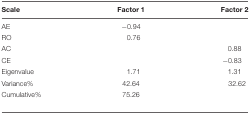
<table><thead><tr><td><b>Scale</b></td><td><b>Factor 1</b></td><td><b>Factor 2</b></td></tr></thead><tbody><tr><td>AE</td><td>-0.94</td><td>[EMPTY_CELL]</td></tr><tr><td>RO</td><td>0.76</td><td>[EMPTY_CELL]</td></tr><tr><td>AC</td><td>[EMPTY_CELL]</td><td>0.88</td></tr><tr><td>CE</td><td>[EMPTY_CELL]</td><td>-0.83</td></tr><tr><td>Eigenvalue</td><td>1.71</td><td>1.31</td></tr><tr><td>Variance%</td><td>42.64</td><td>32.62</td></tr><tr><td>Cumulative%</td><td>75.26</td></tr></tbody></table>